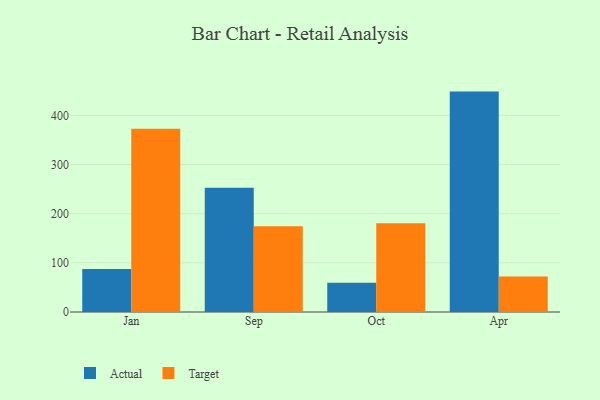
{"axis": {"x": "Month", "y": "Production Output"}, "legend": ["Actual", "Target"], "data": [{"x": "Jan", "y": 87.5, "type": "Actual"}, {"x": "Jan", "y": 372.9, "type": "Target"}, {"x": "Sep", "y": 252.5, "type": "Actual"}, {"x": "Sep", "y": 174.2, "type": "Target"}, {"x": "Oct", "y": 59.5, "type": "Actual"}, {"x": "Oct", "y": 180.4, "type": "Target"}, {"x": "Apr", "y": 448.3, "type": "Actual"}, {"x": "Apr", "y": 72.4, "type": "Target"}]}